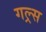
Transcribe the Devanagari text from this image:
गल्र्स